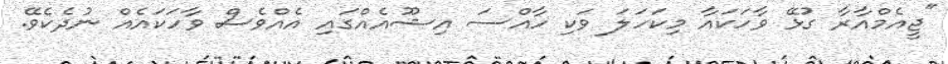
"ޖީއެމްއާރާ ގުޅޭ ވާހަކައާ މިކަހަލަ ވަކި ހާއްސަ އިޝޫއެއްގައި އެއްވެސް ވާހަކައެއް ނުދެކެވޭ.